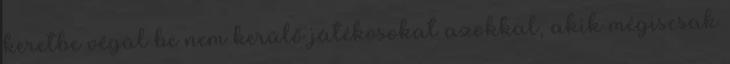
keretbe végül be nem kerülő játékosokat azokkal, akik mégiscsak